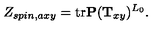
Z _ { s p i n , a x y } = \mathrm { t r } { \bf P } ( { \bf T } _ { x y } ) ^ { L _ { 0 } } .